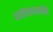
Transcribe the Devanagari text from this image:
धर्मचळवळीचे